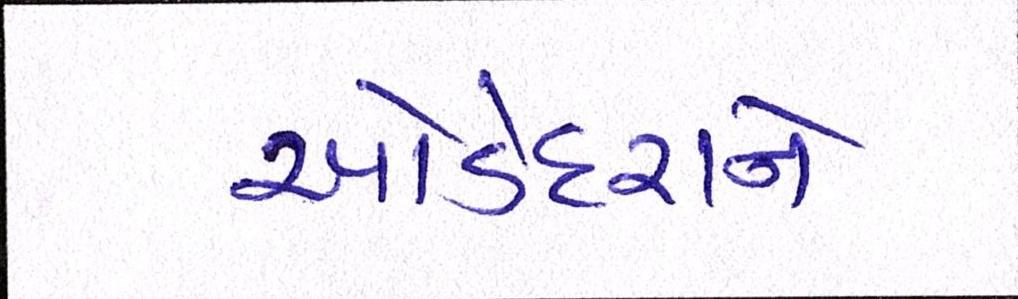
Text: ઓડેદરાને